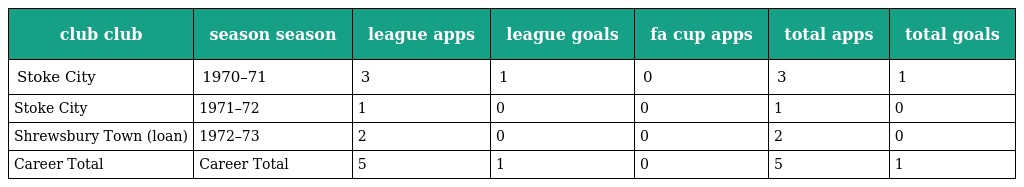
| club club | season season | league apps | league goals | fa cup apps | total apps | total goals |
 | --- | --- | --- | --- | --- | --- | --- |
 | Stoke City | 1970–71 | 3 | 1 | 0 | 3 | 1 |
 | Stoke City | 1971–72 | 1 | 0 | 0 | 1 | 0 |
 | Shrewsbury Town (loan) | 1972–73 | 2 | 0 | 0 | 2 | 0 |
 | Career Total | Career Total | 5 | 1 | 0 | 5 | 1 |